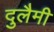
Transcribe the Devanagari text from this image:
दुलैमी